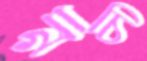
খাচি